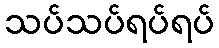
သပ်သပ်ရပ်ရပ်